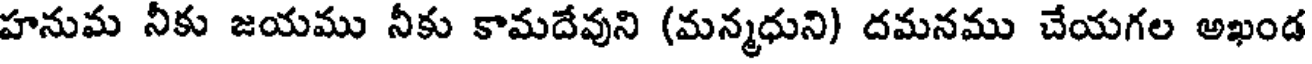
హనుమ నీకు జయము నీకు కామదేవుని (మన్మధుని) దమనము చేయగల అఖండ